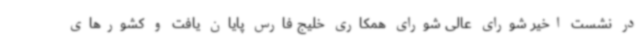
در نشست اخیر شورای عالی شورای همکاری خلیج فارس پایان یافت و کشورهای